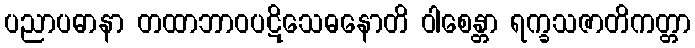
ပညာပဓာနာ တထာဘာဝပဋိသေဓနောတိ ဝါစေန္တာ ရက္ခသဇာတိကတ္တာ